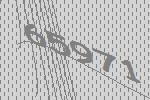
65971